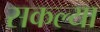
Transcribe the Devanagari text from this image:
सकल्या